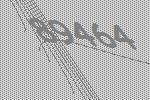
89464